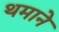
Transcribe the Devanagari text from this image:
थमाने